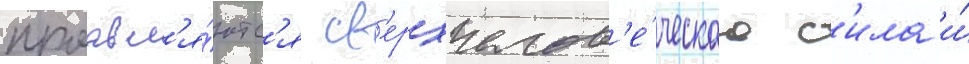
проавл'я́ютс'я св'ерхчелов'е́ческаа с'ила и́